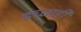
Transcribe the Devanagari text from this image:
इच्छाही